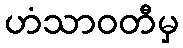
ဟံသာဝတီမှ